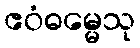
ဧဝံဓမ္မေသု